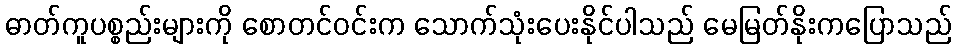
ဓာတ်ကူပစ္စည်းများကို စောတင်ဝင်းက သောက်သုံးပေးနိုင်ပါသည် မေမြတ်နိုးကပြောသည်